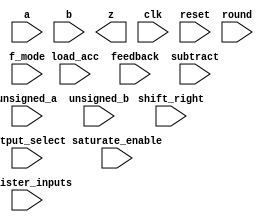
(* blackbox *)
module RS_DSP2_MULTACC (
    input  wire [19:0] a,
    input  wire [17:0] b,
    output wire [37:0] z,

    (* clkbuf_sink *)
    input  wire        clk,
    input  wire        reset,

    input  wire        load_acc,
    input  wire [ 2:0] feedback,
    input  wire        unsigned_a,
    input  wire        unsigned_b,

    input  wire        f_mode,
    input  wire [ 2:0] output_select,
    input  wire        saturate_enable,
    input  wire [ 5:0] shift_right,
    input  wire        round,
    input  wire        subtract,
    input  wire        register_inputs
);

    parameter [79:0] MODE_BITS = 80'd0;

endmodule